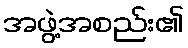
အဖွဲ့အစည်း၏